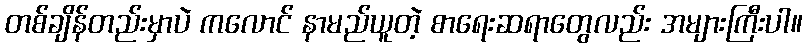
တစ်ချိန်တည်းမှာပဲ ကလောင် နာမည်ယူတဲ့ စာရေးဆရာတွေလည်း အများကြီးပါ။